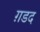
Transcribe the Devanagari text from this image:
ग़डद